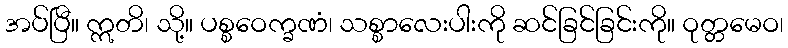
အပ်ပြီ။ ဣတိ၊ သို့။ ပစ္စဝေက္ခဏံ၊ သစ္စာလေးပါးကို ဆင်ခြင်ခြင်းကို။ ဝုတ္တမေဝ၊